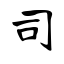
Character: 司